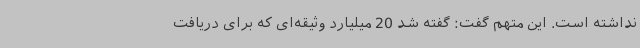
نداشته است. این متهم گفت: گفته شد 20 میلیارد وثیقه‌ای که برای دریافت